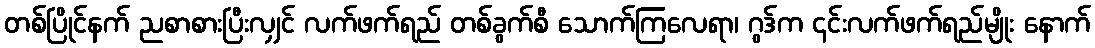
တစ်ပြိုင်နက် ညစာစားပြီးလျှင် လက်ဖက်ရည် တစ်ခွက်စီ သောက်ကြလေရာ၊ ဂွဒ်က ၎င်းလက်ဖက်ရည်မျိုး နောက်